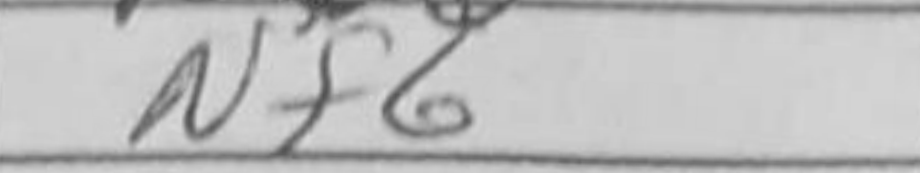
Transcription: Nf6